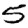
Digit: 5